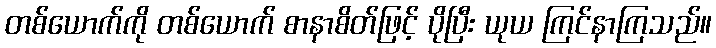
တစ်ယောက်ကို တစ်ယောက် စာနာစိတ်ဖြင့် ပိုပြီး ယုယ ကြင်နာကြသည်။